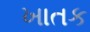
ખાતક